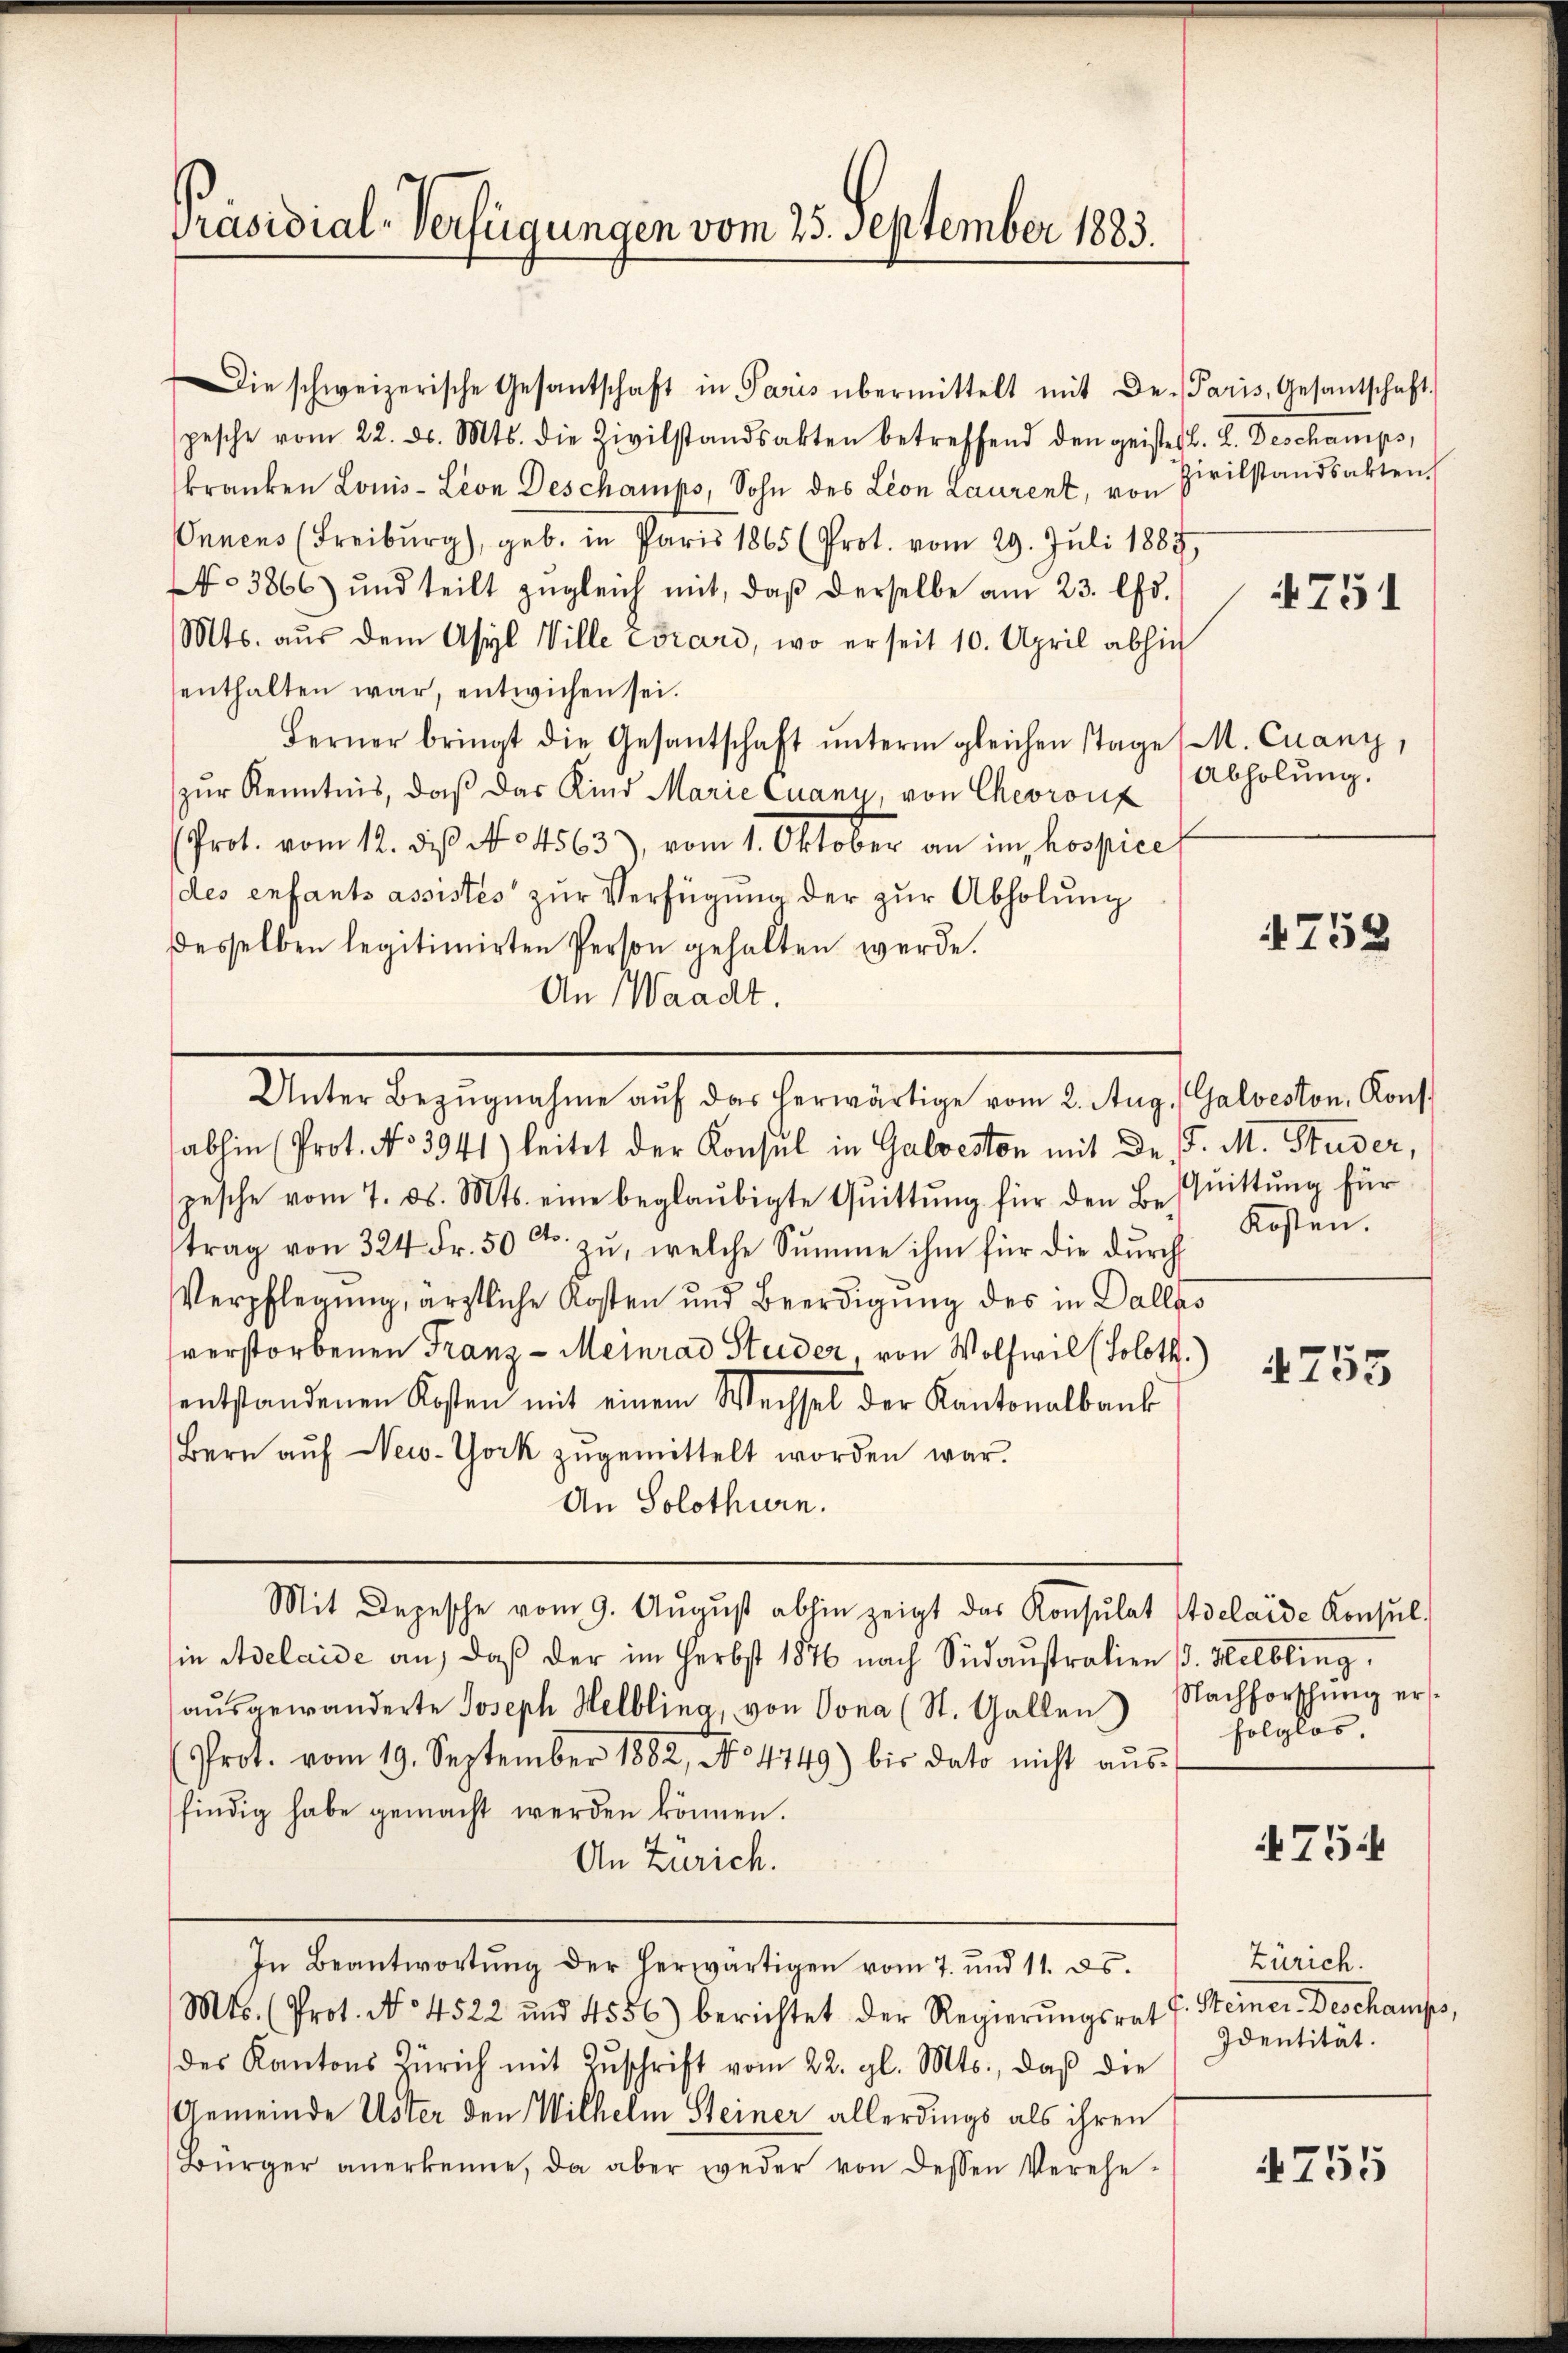
Präsidial-Verfügungen vom 25. September 1883.

Die schweizerische Gesantschaft in Paris übermittelt mit De-
pesche vom 22. d. Mts. die Zivilstandsakten betreffend den geister
kranken Louis-Lion Deschamps, Sohn des Leon Laurent, von
Onnens (Freiburg), geb. in Paris 1865 (Prot. vom 29. Juli 1883
No 3866) und teilt zŭgleich mit, daβ derselbe am 23. Chr.
Mts. aŭs dem Asyl Ville corari, wo er seit 10. April abhin
enthalten war, entwichen sei.
Ferner bringt die Gesantschaft ŭnterm gleichen Tage
zur Kenntnis, daß das Kind Marie Quany, von Chevront
(Prot. vom 12. des No. 4563), vom 1. Oktober an im hospice
des enfants assistes zur Verfügung der zur Abholung
desselben legitimirten Person gehalten werde.
An Waadt.
abhin (Prot. No 3941) leitet der Konsul in Galveston mit der J. M. Studer,
pesche vom 7. ds. Mts. eine beglaubigte Quittung für den Besquittung für
trag von 324 Fr. 50 Ct. zŭ, welche Sŭmme ihm für die dŭrch
Verpflegung, ärztliche Kosten und Beerdigung des in Dalle
verstorbenen Franz - Meinrad Studer, von Wolfwil (Soloth.
entstandenen Kosten mit einem Wechsel der Kantonalbank
Bern auf New-York zugemittelt worden war.
An Solothurn.
Mit Depesche vom 9. Aŭgŭst abhin zeigt das Konsulat Edelaide Konsul-
sin Adelaide an, daß der im Herbst 1876 nach Südaustralien . Helbling.
aŭsgewanderte Joseph Helblina, von Vona (St. Gallen Nachforschŭng er-
Prot. vom 19. September 1882, No 4749) bis dato nicht aŭs-
findig habe gemacht werden können.
An Zürich.
In Beantwortŭng der herwärtigen vom 7. und 11. ds.
Mts. (Prot. No 4522 und 4556) berichtet der Regierŭngsrat
des Kantons Zürich mit Zŭschrift vom 22. gl. Mts., daß die
Gemeinde Uster den Wilhelm Steiner allerdings als ihren
Bürger anerkenne, da aber weder von dessen Verehe-

Unter Bezŭgnahme aŭf das herwärtige vom 2. Aŭg. Galveston, Kons.

Paris, Gesantschaft.
b. 2. Dechamps,
Zivilstandsakten.

5

751

M. Cuany,
Abholung.

4758

Kosten.

4755

folglos.

754

Zürich.
s. Steiner Deschauses,
Identitat.

4755